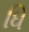
ધિ